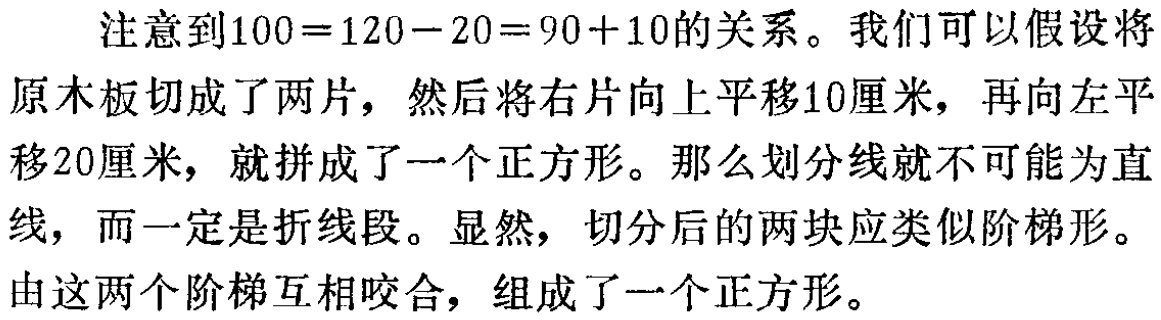
注意到\(100 = 120 - 20 = 90 + 10\)的关系。我们可以假设将原木板切成了两片，然后将右片向上平移10厘米，再向左平移20厘米，就拼成了一个正方形。那么划分线就不可能为直线，而一定是折线段。显然，切分后的两块应类似阶梯形。由这两个阶梯互相咬合，组成了一个正方形。